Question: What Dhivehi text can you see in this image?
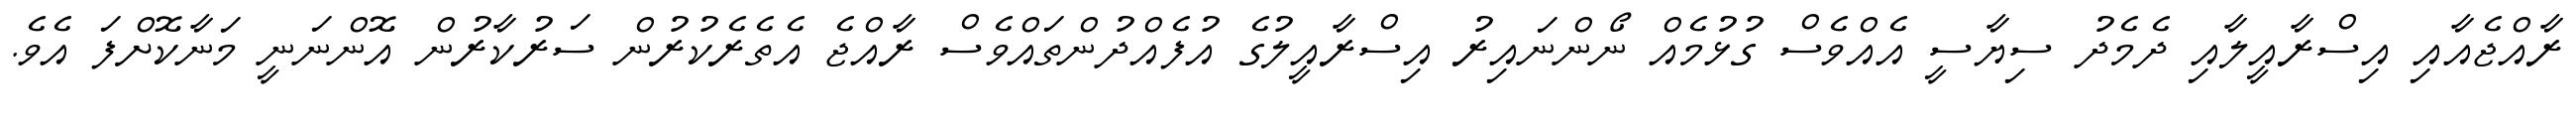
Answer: ރާއްޖެއާއި އިސްރާއީލާއި ދެމެދު ސިޔާސީ އެއްވެސް ގުޅުމެއް ނޯންނައިރު އިސްރާއީލުގެ އުފެއްދުންތައްވެސް ރާއްޖެ އެތެރެކުރުން ސަރުކާރުން އޮންނަނީ މަނާކޮށްފަ އެވެ.